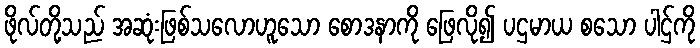
ဖိုလ်တို့သည် အဆုံးဖြစ်သလောဟူသော စောဒနာကို ဖြေလို၍ ပဌမာယ စသော ပါဌ်ကို